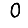
Digit: 0